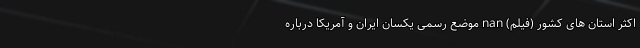
اکثر استان های کشور (فیلم) nan موضع رسمی یکسان ایران و آمریکا درباره